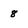
Character: 8